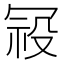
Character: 𭁿